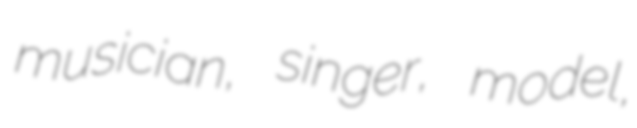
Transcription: musician, singer, model,